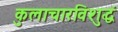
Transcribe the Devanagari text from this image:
कुलाचारविशुद्धं